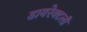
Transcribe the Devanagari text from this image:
डायरेक्टली